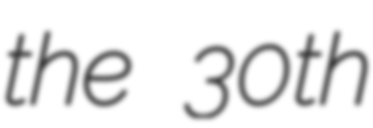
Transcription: the 30th